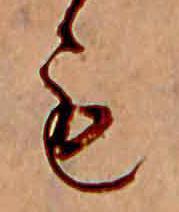
も